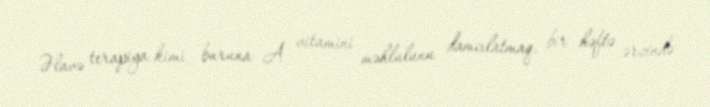
Əlavə terapiya kimi buruna A vitamini məhlulunu damcılatmaq, bir həftə ərzində